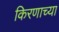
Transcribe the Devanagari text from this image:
किरणाच्या